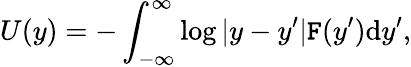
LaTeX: U(y)=-\int_{-\infty}^{\infty}\log|y-y^{\prime}|\mathtt{F}(y^{\prime})\mathrm{{d}}y^{\prime},